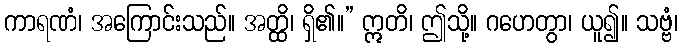
ကာရဏံ၊ အကြောင်းသည်။ အတ္ထိ၊ ရှိ၏။” ဣတိ၊ ဤသို့။ ဂဟေတွာ၊ ယူ၍။ သဗ္ဗံ၊